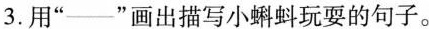
3.用“___”画出描写小蝌蚪玩耍的句子。